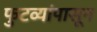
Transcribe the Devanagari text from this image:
फुटव्यांपासून